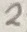
Text: 2